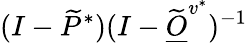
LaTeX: (I-\widetilde P^{*})(I-\widetilde{\underline{O}}^{v^{*}})^{-1}